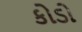
કોડો